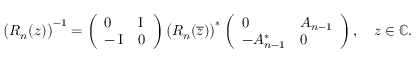
\big ( R _ { n } ( z ) \big ) ^ { - 1 } = \left( \begin{array} { l l } { 0 } & { \operatorname { I } } \\ { - \operatorname { I } } & { 0 } \end{array} \right) \big ( R _ { n } ( \overline { { z } } ) \big ) ^ { * } \left( \begin{array} { l l } { 0 } & { A _ { n - 1 } } \\ { - A _ { n - 1 } ^ { * } } & { 0 } \end{array} \right) , \quad z \in \mathbb { C } .